Treatise on elephants
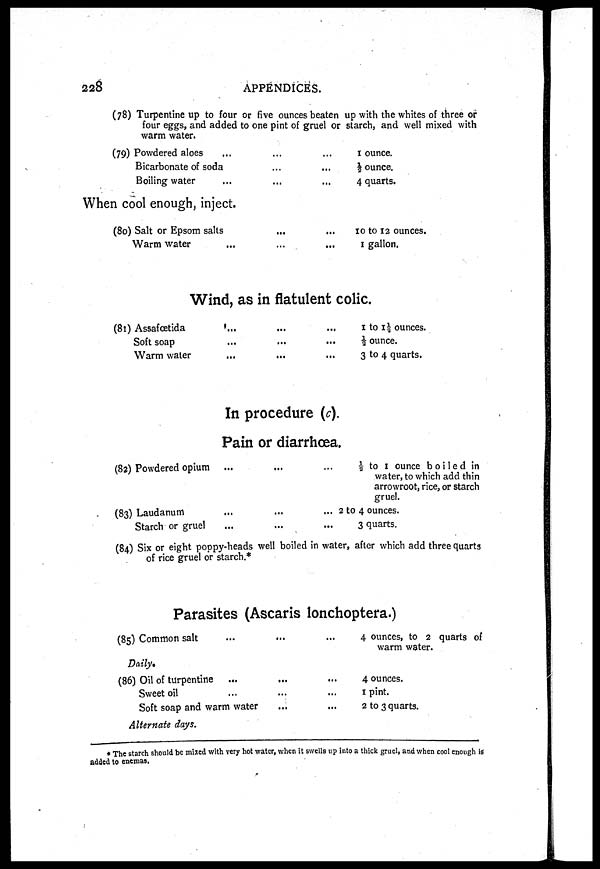
228
APPENDICES.
(78)
(79)
Turpentine up to four or five ounces beaten up with the whites of three or
four eggs, and added to one pint of gruel or starch, and well mixed with
warm water.
Powdered aloes ... ... ...
Bicarbonate of soda
...
...
...
Boiling water
...
...
...
1 ounce.
½ ounce.
4 quarts.
When cool enough, inject.
(80) Salt or Epsom salts
...
...
Warm water
...
...
10 to 12 ounces.
1 gallon.
Wind, as in flatulent colic.
(81) Assafœtida
...
...
...
Soft soap
...
...
...
Warm water
...
...
...
1 to 1½ ounces.
½ ounce.
3 to 4 quarts.
In procedure (c).
Pain or diarrhœa.
(82) Powdered opium ... ... ...
(83) Laudanum ... ... ...
Starch or gruel ... ... ...
½ to 1 ounce boiled in
water, to which add thin
arrowroot, rice, or starch
gruel.
2 to 4 ounces.
3 quarts.
(84) Six or eight poppy-heads well boiled in water, after which add three quarts
of rice gruel or starch.*
Parasites (Ascaris lonchoptera.)
(85) Common salt
...
...
...
Daily.
(86) Oil of turpentine ... ... ...
Sweet oil
...
...
...
Soft soap and warm water
...
...
Alternate days.
4 ounces, to 2 quarts of
warm water.
4 ounces.
1 pint.
2 to 3 quarts.
* The starch should be mixed with very hot water, when it swells up into a thick gruel, and when cool enough is
added to enemas.